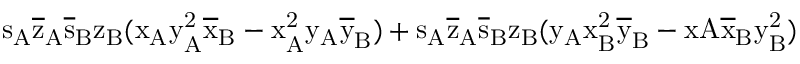
\mathrm { s _ { A } \mathrm { \overline { { z } } _ { A } \mathrm { \overline { { s } } _ { B } \mathrm { z _ { B } ( \mathrm { x _ { A } \mathrm { y _ { A } ^ { 2 } \mathrm { \overline { { x } } _ { B } - \mathrm { x _ { A } ^ { 2 } \mathrm { y _ { A } \mathrm { \overline { { y } } _ { B } ) + \mathrm { s _ { A } \mathrm { \overline { { z } } _ { A } \mathrm { \overline { { s } } _ { B } \mathrm { z _ { B } ( \mathrm { y _ { A } \mathrm { x _ { B } ^ { 2 } \mathrm { \overline { { y } } _ { B } - x A \mathrm { \overline { { x } } _ { B } \mathrm { y _ { B } ^ { 2 } ) } } } } } } } } } } } } } } } } } } }